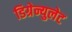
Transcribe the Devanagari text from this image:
डिग्रेन्युलेट